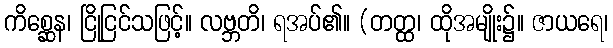
ကိစ္ဆေန၊ ငြိုငြင်သဖြင့်။ လဗ္ဘတိ၊ ရအပ်၏။ (တတ္ထ၊ ထိုအမျိုး၌။ ဇာယရေ၊